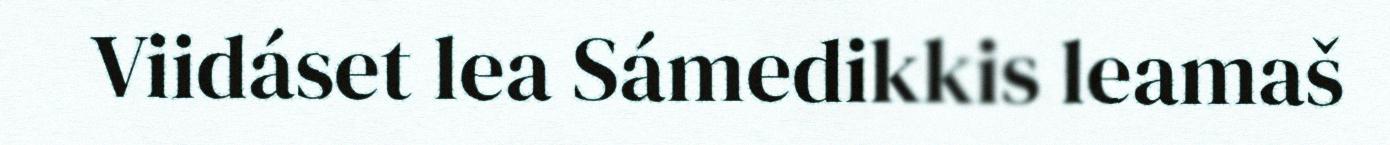
Viidáset lea Sámedikkis leamaš